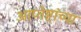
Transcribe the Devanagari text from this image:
आप्‍तेष्टांच्या